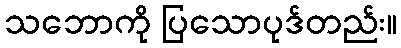
သဘောကို ပြသောပုဒ်တည်း။